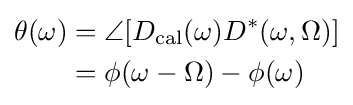
{\begin{aligned}\theta (\omega )&=\angle [D_{\text{cal}}(\omega )D^{\ast }(\omega ,\Omega )]\\&=\phi (\omega -\Omega )-\phi (\omega )\end{aligned}}